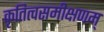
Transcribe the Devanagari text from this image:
कृतित्वसमीक्षणम्